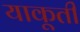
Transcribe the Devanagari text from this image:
याकूती